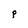
Character: p